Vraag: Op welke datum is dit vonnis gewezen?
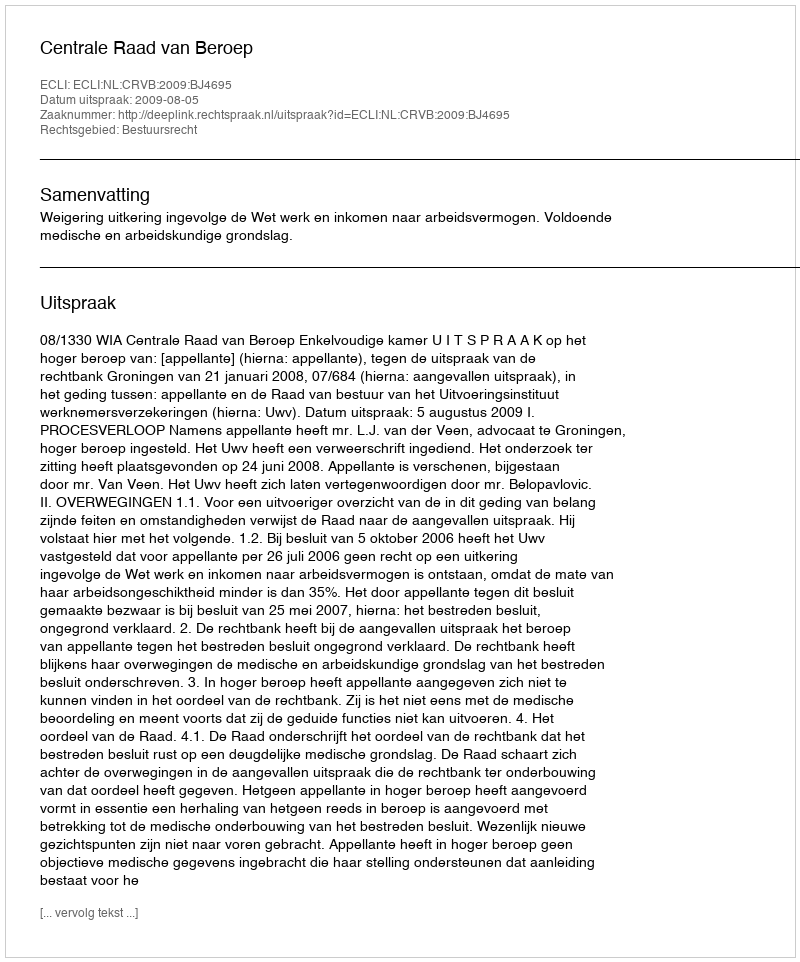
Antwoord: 2009-08-05